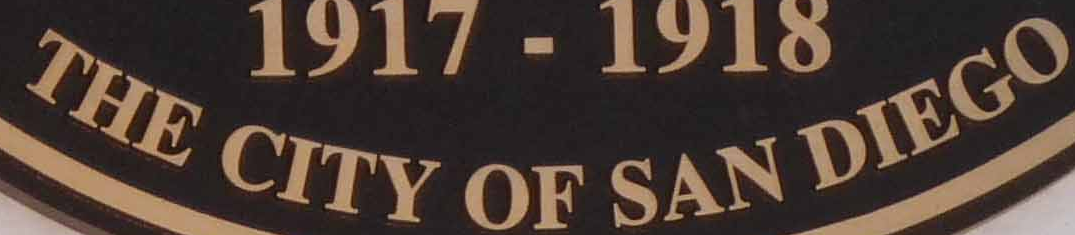
THE CITY OF SAN DIEGO